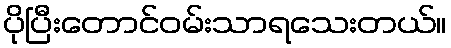
ပိုပြီးတောင်ဝမ်းသာရသေးတယ်။